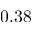
0 . 3 8